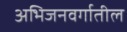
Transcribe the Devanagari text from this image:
अभिजनवर्गातील